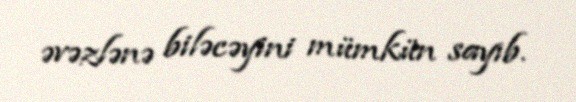
əvəzlənə biləcəyini mümkün sayıb.